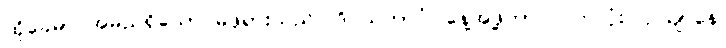
ထိုခေမာ အမည်ရှိသော မိဖုရားသည်။ ဒိဝသဘာဂံ၊ နေ့အဖို့ကာလပတ်လုံး။ ဥယျာနေ၊